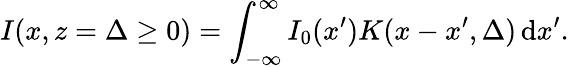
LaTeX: I(x,z=\Delta\ge 0)=\int_{-\infty}^{\infty}I_{0}(x^{\prime})K(x-x^{\prime},\Delta)\, \mathrm{d}x^{\prime}.